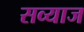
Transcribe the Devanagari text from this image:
सव्याज